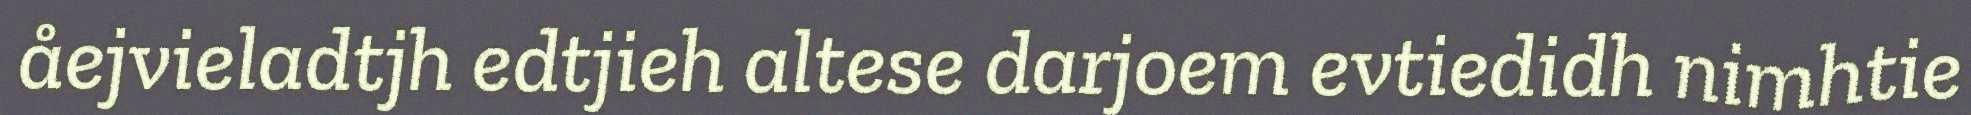
åejvieladtjh edtjieh altese darjoem evtiedidh nimhtie